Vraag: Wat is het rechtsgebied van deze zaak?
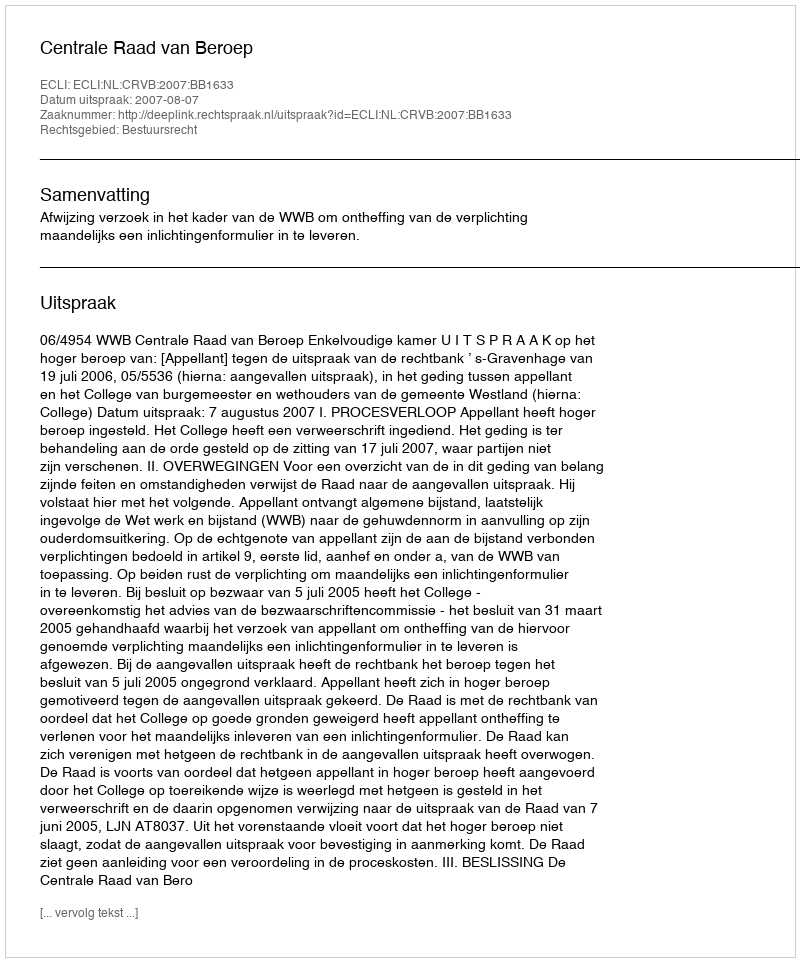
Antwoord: Bestuursrecht